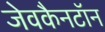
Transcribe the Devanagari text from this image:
जेवकैनटॉन